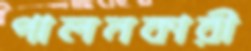
পালনকারী